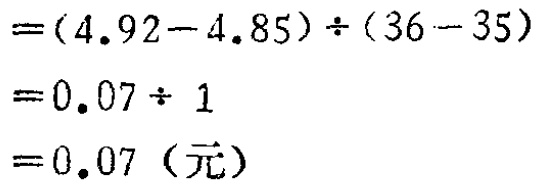
\[
\begin{align*}
&=(4.92 - 4.85)\div(36 - 35)\\
&=0.07\div1\\
&=0.07（元）
\end{align*}
\]